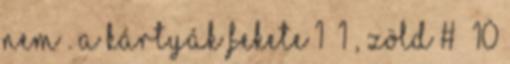
nem . A kártyák fekete 1 1 , zöld # 10